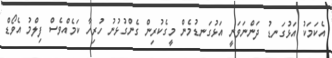
އެކަމަކު އަޅުގަނޑު ދަންނަވަނީ އަޅުގަނޑުމެން މީގެކުރިން ގެންގުޅުނު ހުރިހާ ކަމެއްވެސް ފިލްމު އެވޯޑް